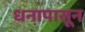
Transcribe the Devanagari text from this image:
धनापासून